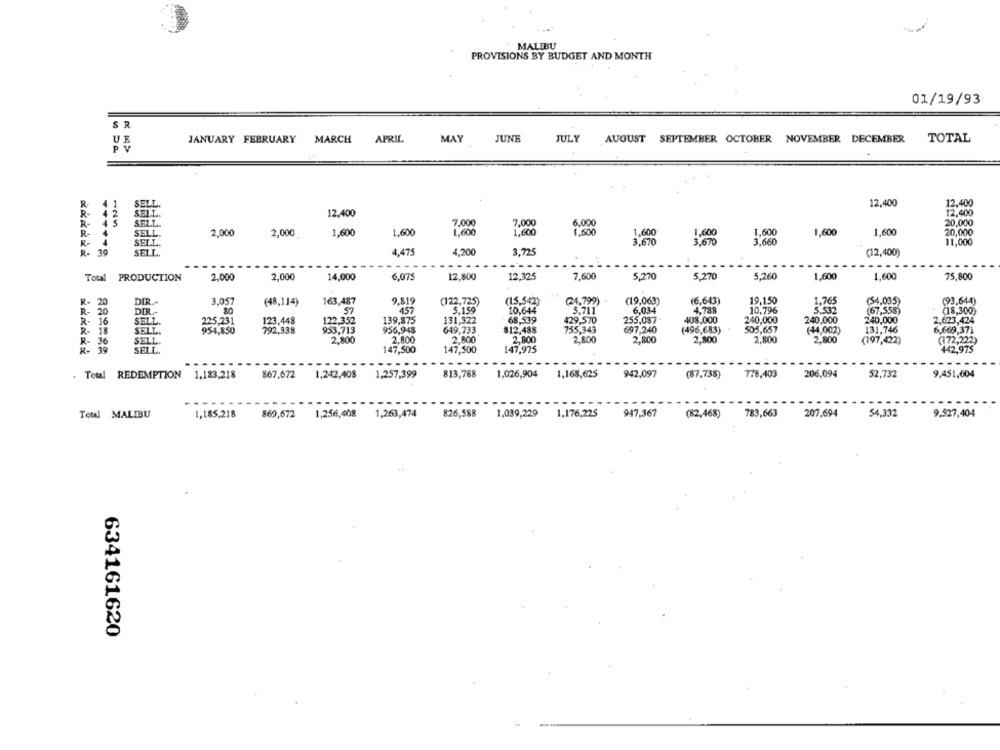
MALIBU
PROVISIONS BY BUDGET AND MONTH
01/19/93
SR
JANUARY FEBRUARY
MARCH
APRIL
MAY
JUNE
JULY
AUGUST SEPTEMBER OCTOBER NOVEMBER DECEMBER
TOTAL
R
41
12,400
12,400
R-
2
SELL.
12.400
12,400
R-
SELL.
7.000
7,000
6,000
20,000
2,000
2,00€
1,600
1,600
1,600
1,600
1.600
1.600
1.600
1.600
1,600
1,600
20,000
R- 4
R-
3.670
3,670
3,660
11,000
R- 1
4,475
4,200
3.725
(12,400)
---
Total PRODUCTION
2,000
2,000
14,000
6.075
12,800
12.325
7,600
5,270
5.270
5,260
1,600
1,600
75,800
R- 20
3,057
9.819
(1,5,542)
(19,063)
(6,643)
19.150
(54,035)
(93,644)
DIR .-
(48,114)
163,487
(122,725)
(2 1, 799)
1,765
R- 20
DIR .-
ST
457
5.159
10,644
5.711
6,034
4,788
10,796
5.532
(67,558)
(18,300)
R- 16
SELL.
225,231
123,448
122.3.52
139,875
131,322
68,539
429,570
255,087
408,000
240,000
240,000
240,000
2,623,424
R- 18
SELL.
954,850
792,338
953,713
956,948
649,733
$12,488
755,343
697,240
(496,683)
505,657
(44,002)
131,746
6,669,371
R- 36
SELL.
2,800
2,800
2,800
2.800
2,800
2,800
2,800
2,800
2,800
(197,422)
(172,222)
R- 39
SELL.
147,500
147,500
147,975
442,975
----
----
. Total REDEMPTION
1,183,218
867,672
1,242,408
1,257,399
813,788
1,026,904
1,168,625
942,097
(87,735)
778,403
206,094
52,732
9,451,604
826,588
1.176,225
947,367
783,663
207,694
54.332
9,527,404
Total MALIBU
1,185,218
869,672
1,256,408 1,263,474
1,039,229
(82,468)
634161620